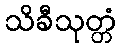
သိခီသုတ္တံ